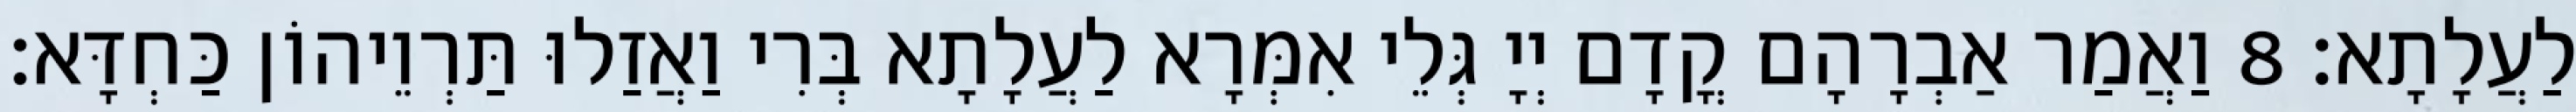
לַעֲלָתָא׃ 8 וַאֲמַר אַבְרָהָם קֳדָם יְיָ גְּלֵי אִמְּרָא לַעֲלָתָא בְּרִי וַאֲזַלוּ תַּרְוֵיהוֹן כַּחְדָּא׃